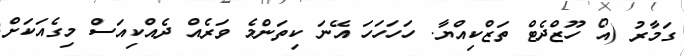
ގަމާރު (އޯ ހޫޒްދެޓް ތަޒްކިއްޔާ. ހަހަހަހަ އޭނަ ކިތަންމެ ވަރެއް ދެއްކިއަސް މިގެއަކަށް